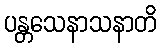
ပန္တသေနာသနာတိ